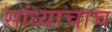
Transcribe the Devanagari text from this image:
सांध्याचाच